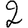
Digit: 2